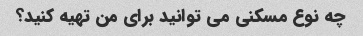
چه نوع مسکنی می توانید برای من تهیه کنید؟